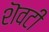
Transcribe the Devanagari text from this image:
शॆवटी